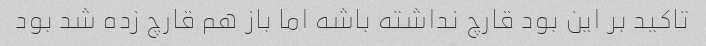
تاکید بر این بود قارچ نداشته باشه اما باز هم قارچ زده شد بود